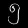
Digit: ၅